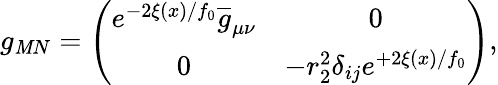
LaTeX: g_{\mathit{M}N}=\left(\begin{array}{cc}{{e^{-2\xi(x)/f_{0}}\overline{{{g}}}_{\mu\nu}}}&{{0}}\\ {{0}}&{{-r_{2}^{2}\delta_{ij}e^{+2\xi(x)/f_{0}}}}\end{array}\right),